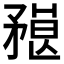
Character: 𥎇